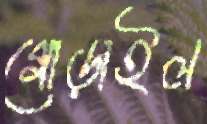
গোড়াইল